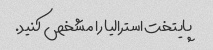
پایتخت استرالیا را مشخص کنید.